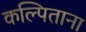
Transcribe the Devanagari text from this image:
कल्पिताना